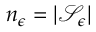
n _ { \epsilon } = | \mathcal { S } _ { \epsilon } |